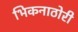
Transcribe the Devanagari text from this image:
भिकनाठोरी